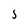
Character: 5